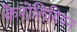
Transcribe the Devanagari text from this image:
कैरोलिगियन